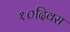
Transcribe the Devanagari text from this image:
१०दिवस